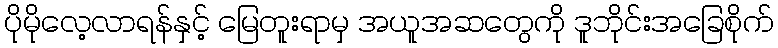
ပိုမိုလေ့လာရန်နှင့် မြေတူးရာမှ အယူအဆတွေကို ဒူဘိုင်းအခြေစိုက်